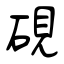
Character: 硯